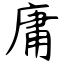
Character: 庸